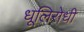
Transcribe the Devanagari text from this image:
धूलिरोधी